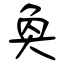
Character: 奐